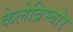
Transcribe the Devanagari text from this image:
केलेब्रिम्बोर